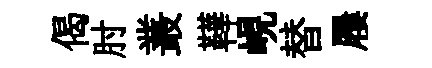
偈肘叢鞾峴替屨